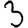
Digit: 3